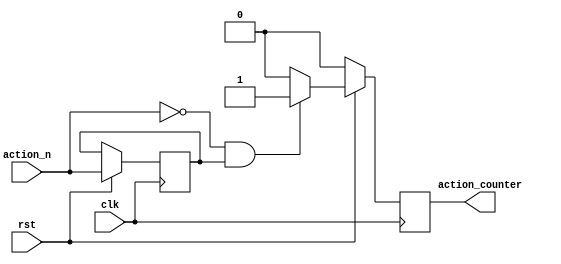
module action_counter(input action_n, clk, rst,output reg action_counter);
reg enable;

always@(posedge clk) begin 

	if (rst == 1'b0) begin
		action_counter <= 0;
	end
	else begin 		
		if (action_n == 1'b0 && enable == 1'b1) begin
		 action_counter <= 1'b1;
		end 
		else begin 
		action_counter <= 1'b0;
		end
		enable <= action_n;
	end 	
end 

endmodule